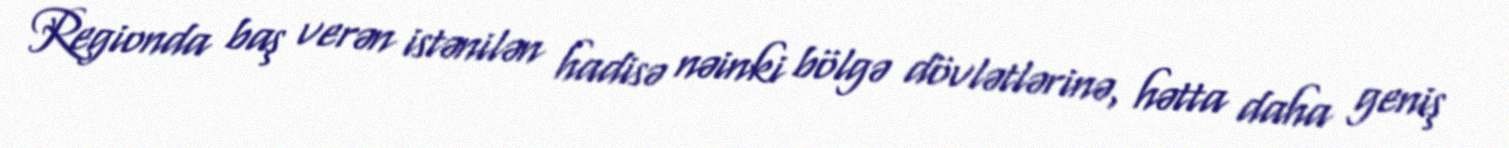
Regionda baş verən istənilən hadisə nəinki bölgə dövlətlərinə, hətta daha geniş